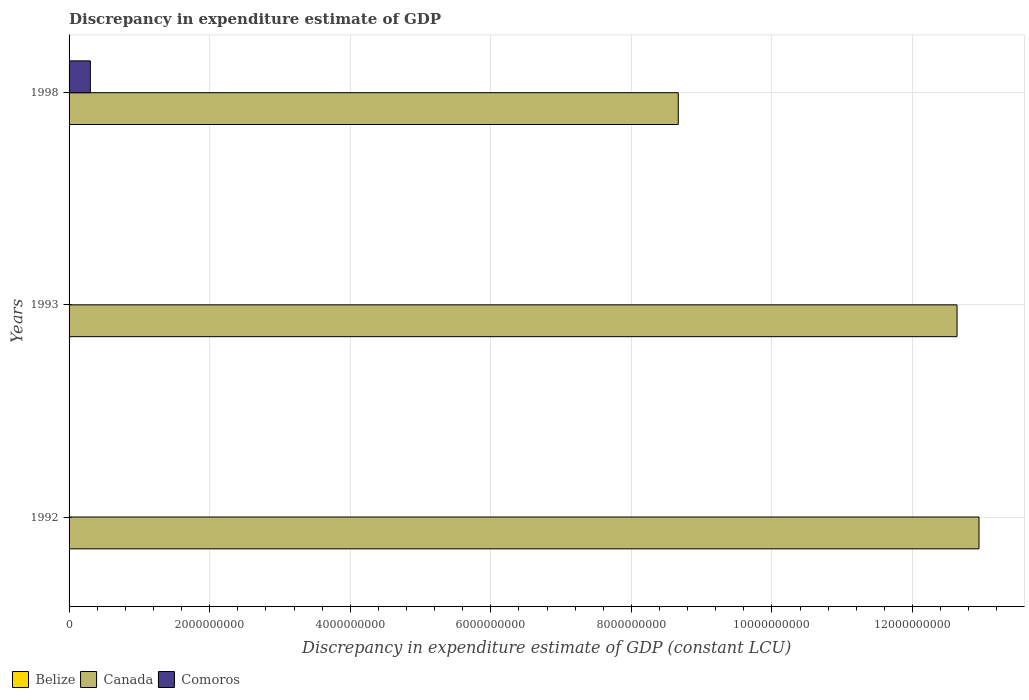
| Years | Belize | Canada | Comoros |
 | --- | --- | --- | --- |
 | 1992 | -2.17e+08 | 1.29e+10 | -100 |
 | 1993 | -2.63e+08 | 1.26e+10 | -100 |
 | 1998 | -8.11e+07 | 8.67e+09 | 3.03e+08 |